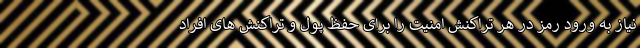
نیاز به ورود رمز در هر تراکنش امنیت را برای حفظ پول و تراکنش های افراد